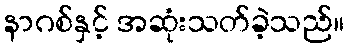
နာဂစ်နှင့် အဆုံးသတ်ခဲ့သည်။